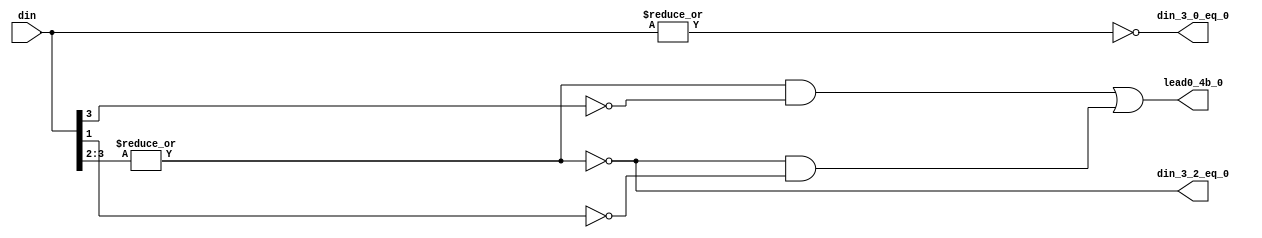
module fpu_cnt_lead0_lvl1 (
	din,

	din_3_0_eq_0,
	din_3_2_eq_0,
	lead0_4b_0
);


input [3:0]	din;			// data for lead 0 count bits[3:0]

output		din_3_0_eq_0;		// data in[3:0] is zero
output		din_3_2_eq_0;		// data in[3:2] is zero
output		lead0_4b_0;		// bit[0] of lead 0 count


wire		din_3_0_eq_0;
wire		din_3_2_eq_0;
wire		lead0_4b_0;


assign din_3_0_eq_0= (!(|din[3:0]));

assign din_3_2_eq_0= (!(|din[3:2]));

assign lead0_4b_0= ((!din_3_2_eq_0) && (!din[3]))
		|| (din_3_2_eq_0 && (!din[1]));

endmodule